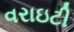
વરાઇટી